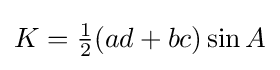
K={\tfrac {1}{2}}(ad+bc)\sin {A}